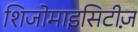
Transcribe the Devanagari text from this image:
शिजोमाइसिटीज़